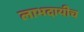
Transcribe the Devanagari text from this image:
लाभदायीच